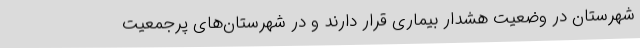
شهرستان در وضعیت هشدار بیماری قرار دارند و در شهرستان‌های پرجمعیت